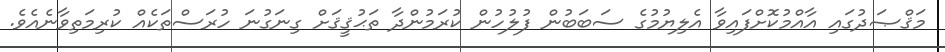
މަޤްޞަދުގައި އާއްމުކޮށްފައިވާ އެލިޔުމުގެ ސަބަބުން ފުލުހުން ކުރަމުންދާ ތަޙުޤީޤަށް ގިނަގުނަ ހުރަސްތަކެއް ކުރިމަތިވާނެއެވެ.